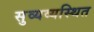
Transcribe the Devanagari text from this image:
सुव्यव्यस्थित